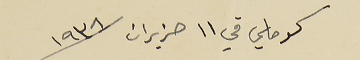
كوماسي في ١١ حزيران سنة ١٩٣٨